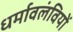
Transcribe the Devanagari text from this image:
धर्मावलंवियों